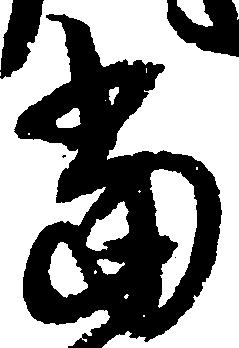
当